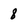
Character: 8